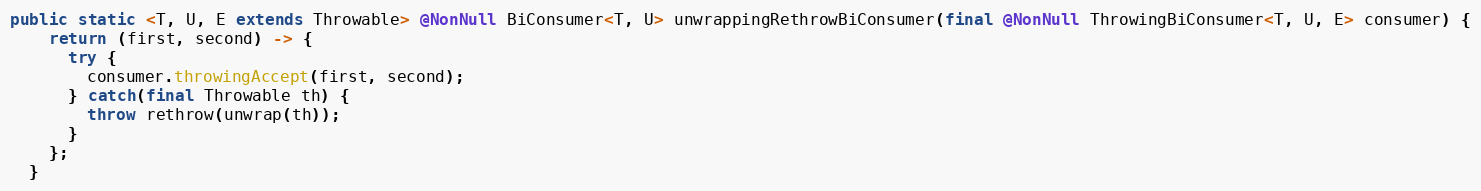
Language: Java
public static <T, U, E extends Throwable> @NonNull BiConsumer<T, U> unwrappingRethrowBiConsumer(final @NonNull ThrowingBiConsumer<T, U, E> consumer) {
    return (first, second) -> {
      try {
        consumer.throwingAccept(first, second);
      } catch(final Throwable th) {
        throw rethrow(unwrap(th));
      }
    };
  }